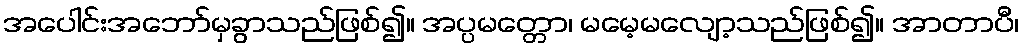
အပေါင်းအဘော်မှခွာသည်ဖြစ်၍။ အပ္ပမတ္တော၊ မမေ့မလျော့သည်ဖြစ်၍။ အာတာပီ၊